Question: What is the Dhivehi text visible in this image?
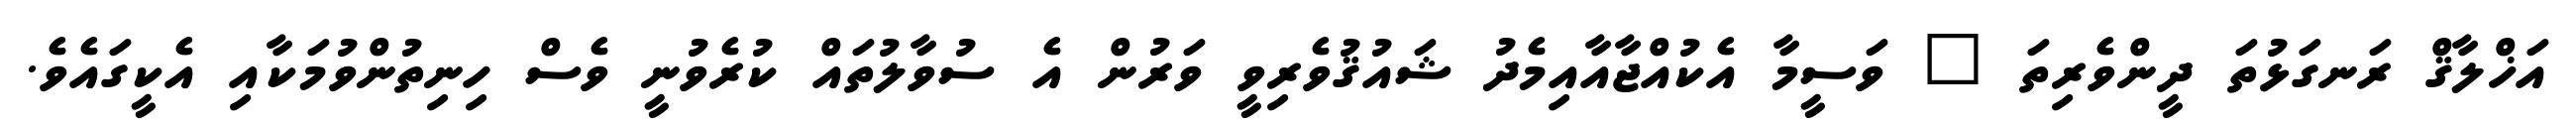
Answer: އަޚްލާޤް ރަނގަޅުތަ ދީންވެރިތަ " ވަސީމާ އެކުއްޖާއާއިމެދު ޝައުޤުވެރިވީ ވަރުން އެ ސުވާލުތައް ކުރެވުނީ ވެސް ހިނިތުންވުމަކާއި އެކީގައެވެ.